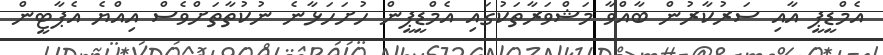
އެމްޑީޕީ އާއި ސަރުކާރުން ބާއްވާ މަޝްވަރާތަކުގައި އެމްޑީޕީން ހުށަހަޅާނެ ނުކުތާތަށްވެސް އިއްޔެ އެޕާޓީން